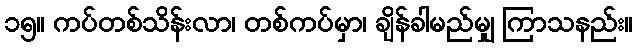
၁၅။ ကပ်တစ်သိန်းလာ၊ တစ်ကပ်မှာ၊ ချိန်ခါမည်မျှ ကြာသနည်း။